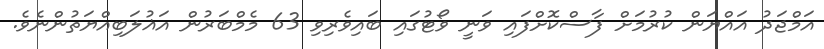
އަމްޖަދު އައްޔަން ކުރުމަށް ފާސްކޮށްފައި ވަނީ ވޯޓުގައި ބައިވެރިވި 63 މެމްބަރުން އަޣުލަބިއްޔަތުންނެވެ.